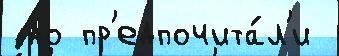
 до пр'едпочита́л'и